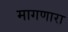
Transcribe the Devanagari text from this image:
मागणारा